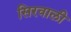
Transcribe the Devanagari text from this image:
सिरवाली